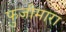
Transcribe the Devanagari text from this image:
फुजीमारा